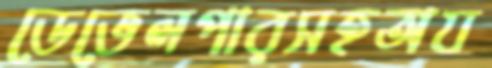
ডেভেলপারসহঅয